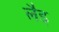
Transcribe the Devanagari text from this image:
लैइ